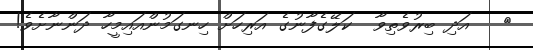
٩   އަދި ބިރުވެތިވާ  ކަލޭގެފާނުގެ އަރިހަށް ހިނގަމުންއައިމީހާ ދަންނާށެވެ!